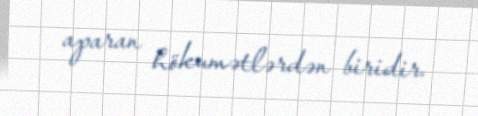
aparan hökumətlərdən biridir.